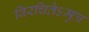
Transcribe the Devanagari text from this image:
विरचितेऽमुत्र